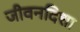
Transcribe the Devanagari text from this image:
जीवनदिशा